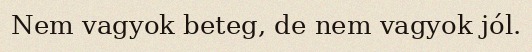
Nem vagyok beteg, de nem vagyok jól.